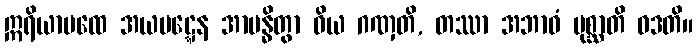
ဣရိယာပထေ အယပဋ္ဋေန အာဗန္ဓိတွာ ဝိယ ဂဏှတိ, တဿာ အဘာဝံ ပုစ္ဆာတိ ဝဒတိ။